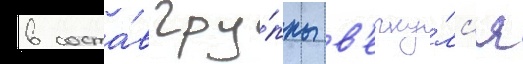
в соста́в гру́ппы в'ерну́лс'я